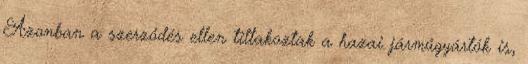
Azonban a szerződés ellen tiltakoztak a hazai járműgyártók is,